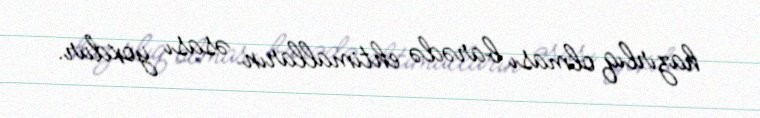
hazırlıq olması barədə ehtimalların əsası yoxdur.